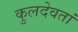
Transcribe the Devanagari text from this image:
कुलदेवतां